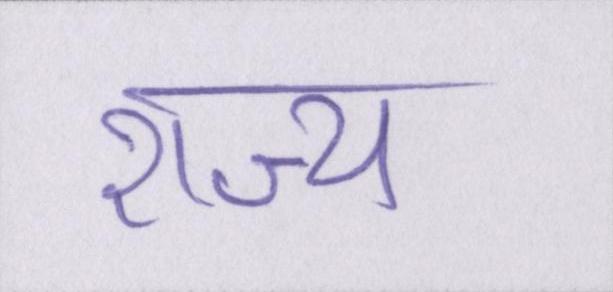
राज्य